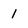
Character: 1